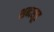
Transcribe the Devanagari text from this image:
शब्दसूड